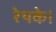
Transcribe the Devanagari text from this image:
रेथके।